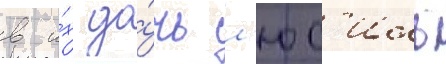
в и́х до́чь л'юс'иль